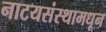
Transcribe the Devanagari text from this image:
नाटयसंस्थामधून